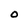
Character: O